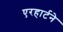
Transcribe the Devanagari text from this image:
एरहार्टने